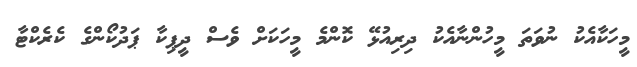
މީހަކާއެކު ނުވަތަ މީހުންނާއެކު ދިރިއުޅޭ ކޮންމެ މީހަކަށް ވެސް ދީޕިކާ ޕަދުކޯންގެ ކެރެކްޓާ